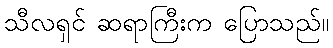
သီလရှင် ဆရာကြီးက ပြောသည်။